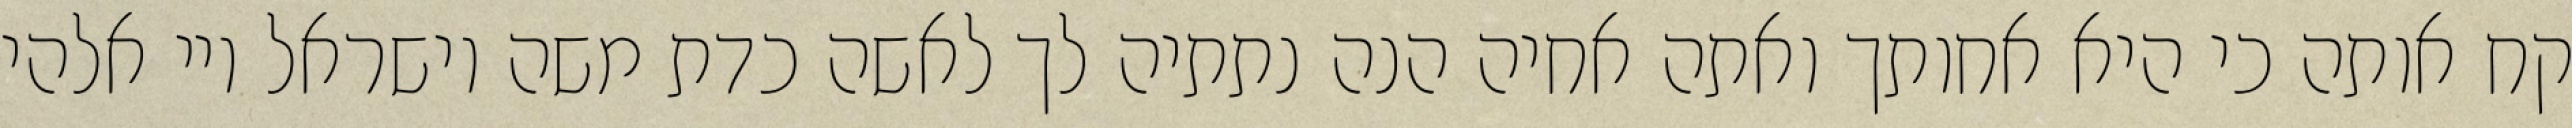
קח אותה כי היא אחותך ואתה אחיה הנה נתתיה לך לאשה כדת משה וישראל ויי אלהי